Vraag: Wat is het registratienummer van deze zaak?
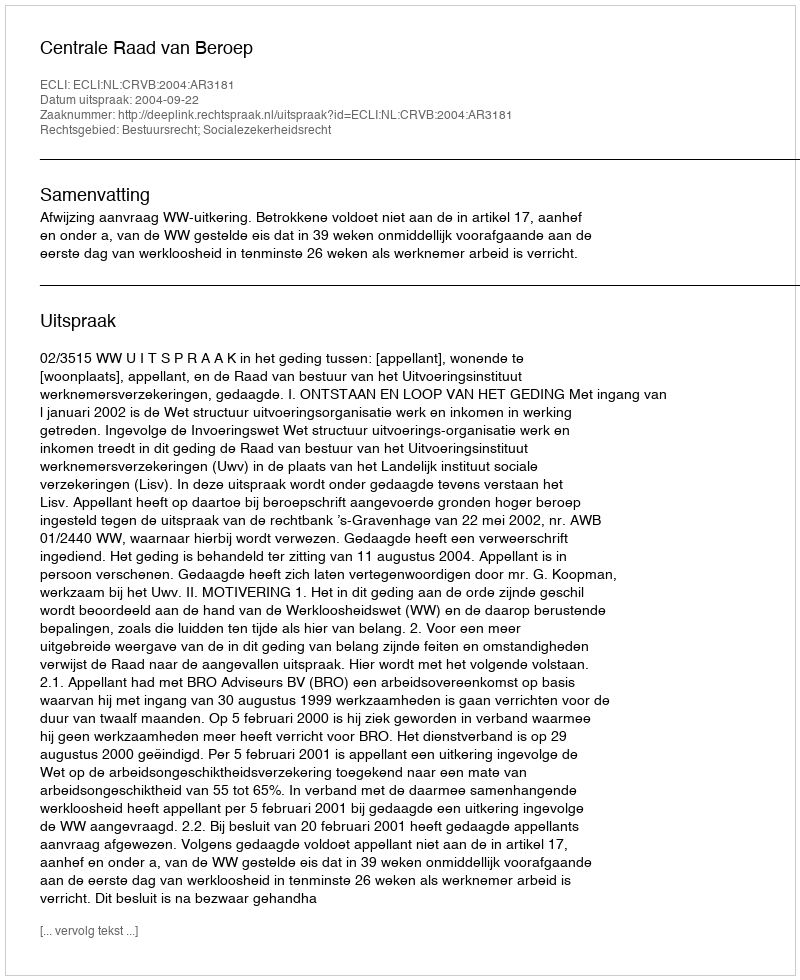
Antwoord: http://deeplink.rechtspraak.nl/uitspraak?id=ECLI:NL:CRVB:2004:AR3181